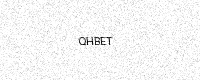
Text: QHBET